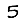
Digit: 5